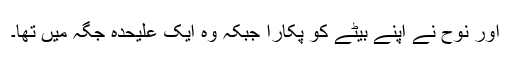
اور نوح نے اپنے بیٹے کو پکارا جبکہ وہ ایک علیحدہ جگہ میں تھا۔